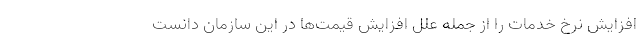
افزایش نرخ خدمات را از جمله علل افزایش قیمت‌ها در این سازمان دانست